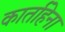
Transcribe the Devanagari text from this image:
कार्ताहेना